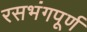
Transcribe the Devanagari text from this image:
रसभंगपूर्ण